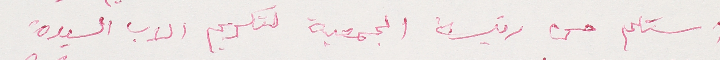
استلم من رئيسة الجمعية لتكريم الاب السيدة